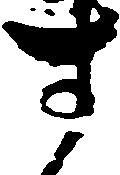
す